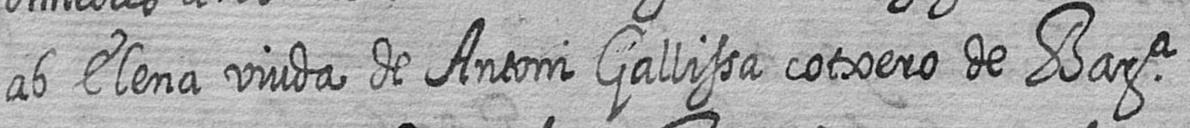
ab Elena viuda de Antoni Gallissa cotxero de Bara